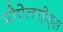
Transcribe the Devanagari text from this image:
प्रोपेलरहेड्स